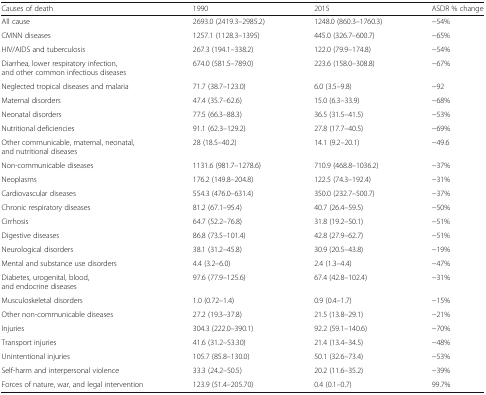
<table><thead><tr><td><b>Causes of death</b></td><td><b>1990</b></td><td><b>2015</b></td><td><b>ASDR % change</b></td></tr></thead><tbody><tr><td>All cause</td><td>2693.0 (2419.3–2985.2)</td><td>1248.0 (860.3–1760.3)</td><td>−54%</td></tr><tr><td>CMNN diseases</td><td>1257.1 (1128.3–1395)</td><td>445.0 (326.7–600.7)</td><td>−65%</td></tr><tr><td>HIV/AIDS and tuberculosis</td><td>267.3 (194.1–338.2)</td><td>122.0 (79.9–174.8)</td><td>−54%</td></tr><tr><td>Diarrhea, lower respiratory infection, and other common infectious diseases</td><td>674.0 (581.5–789.0)</td><td>223.6 (158.0–308.8)</td><td>−67%</td></tr><tr><td>Neglected tropical diseases and malaria</td><td>71.7 (38.7–123.0)</td><td>6.0 (3.5–9.8)</td><td>−92</td></tr><tr><td>Maternal disorders</td><td>47.4 (35.7–62.6)</td><td>15.0 (6.3–33.9)</td><td>−68%</td></tr><tr><td>Neonatal disorders</td><td>77.5 (66.3–88.3)</td><td>36.5 (31.5–41.5)</td><td>−53%</td></tr><tr><td>Nutritional deficiencies</td><td>91.1 (62.3–129.2)</td><td>27.8 (17.7–40.5)</td><td>−69%</td></tr><tr><td>Other communicable, maternal, neonatal, and nutritional diseases</td><td>28 (18.5–40.2)</td><td>14.1 (9.2–20.1)</td><td>−49.6</td></tr><tr><td>Non-communicable diseases</td><td>1131.6 (981.7–1278.6)</td><td>710.9 (468.8–1036.2)</td><td>−37%</td></tr><tr><td>Neoplasms</td><td>176.2 (149.8–204.8)</td><td>122.5 (74.3–192.4)</td><td>−31%</td></tr><tr><td>Cardiovascular diseases</td><td>554.3 (476.0–631.4)</td><td>350.0 (232.7–500.7)</td><td>−37%</td></tr><tr><td>Chronic respiratory diseases</td><td>81.2 (67.1–95.4)</td><td>40.7 (26.4–59.5)</td><td>−50%</td></tr><tr><td>Cirrhosis</td><td>64.7 (52.2–76.8)</td><td>31.8 (19.2–50.1)</td><td>−51%</td></tr><tr><td>Digestive diseases</td><td>86.8 (73.5–101.4)</td><td>42.8 (27.9–62.7)</td><td>−51%</td></tr><tr><td>Neurological disorders</td><td>38.1 (31.2–45.8)</td><td>30.9 (20.5–43.8)</td><td>−19%</td></tr><tr><td>Mental and substance use disorders</td><td>4.4 (3.2–6.0)</td><td>2.4 (1.3–4.4)</td><td>−47%</td></tr><tr><td>Diabetes, urogenital, blood, and endocrine diseases</td><td>97.6 (77.9–125.6)</td><td>67.4 (42.8–102.4)</td><td>−31%</td></tr><tr><td>Musculoskeletal disorders</td><td>1.0 (0.72–1.4)</td><td>0.9 (0.4–1.7)</td><td>−15%</td></tr><tr><td>Other non-communicable diseases</td><td>27.2 (19.3–37.8)</td><td>21.5 (13.8–29.1)</td><td>−21%</td></tr><tr><td>Injuries</td><td>304.3 (222.0–390.1)</td><td>92.2 (59.1–140.6)</td><td>−70%</td></tr><tr><td>Transport injuries</td><td>41.6 (31.2–53.30)</td><td>21.4 (13.4–34.5)</td><td>−48%</td></tr><tr><td>Unintentional injuries</td><td>105.7 (85.8–130.0)</td><td>50.1 (32.6–73.4)</td><td>−53%</td></tr><tr><td>Self-harm and interpersonal violence</td><td>33.3 (24.2–50.5)</td><td>20.2 (11.6–35.2)</td><td>−39%</td></tr><tr><td>Forces of nature, war, and legal intervention</td><td>123.9 (51.4–205.70)</td><td>0.4 (0.1–0.7)</td><td>99.7%</td></tr></tbody></table>